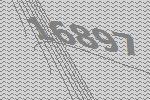
16897